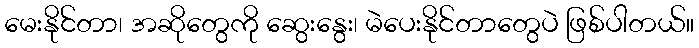
မေးနိုင်တာ၊ အဆိုတွေကို ဆွေးနွေး၊ မဲပေးနိုင်တာတွေပဲ ဖြစ်ပါတယ်။